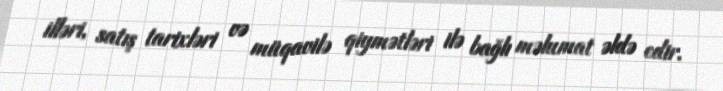
illəri, satış tarixləri və müqavilə qiymətləri ilə bağlı məlumat əldə edir.